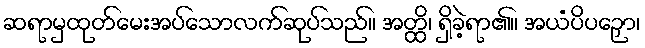
ဆရာမှထုတ်မေးအပ်သောလက်ဆုပ်သည်။ အတ္ထိ၊ ရှိခဲ့ရာ၏။ အယံပိပဉှော၊